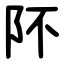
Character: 阫